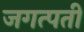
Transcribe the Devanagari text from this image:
जगत्पती